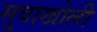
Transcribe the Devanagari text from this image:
सुवाखोली